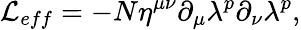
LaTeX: {\cal L}_{eff}=-N\eta^{\mu\nu}\partial_{\mu}\lambda^{p}\partial_{\nu}\lambda^{p},